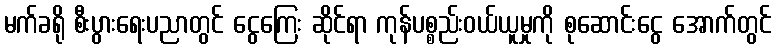
မက်ခရို စီးပွားရေးပညာတွင် ငွေကြေး ဆိုင်ရာ ကုန်ပစ္စည်းဝယ်ယူမှုကို စုဆောင်းငွေ အောက်တွင်